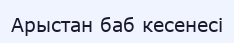
Арыстан баб кесенесі